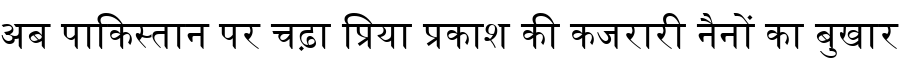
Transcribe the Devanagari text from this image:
अब पाकिस्तान पर चढ़ा प्रिया प्रकाश की कजरारी नैनों का बुखार